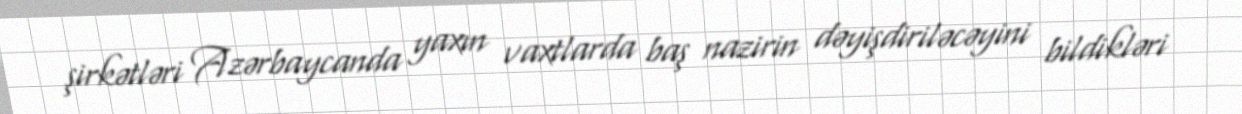
şirkətləri Azərbaycanda yaxın vaxtlarda baş nazirin dəyişdiriləcəyini bildikləri